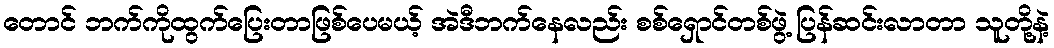
တောင် ဘက်ကိုထွက်ပြေးတာဖြစ်ပေမယ့် အဲဒီဘက်နေလည်း စစ်ရှောင်တစ်ဖွဲ့ ပြန်ဆင်းလာတာ သူတို့နဲ့